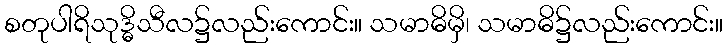
စတုပါရိသုဒ္ဓိသီလ၌လည်းကောင်း။ သမာဓိမှိ၊ သမာဓိ၌လည်းကောင်း။